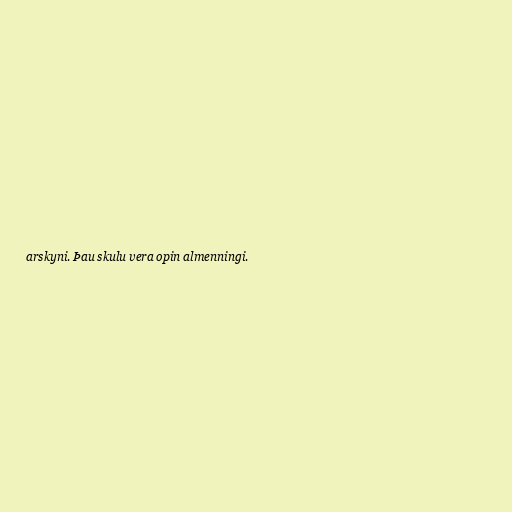
arskyni. Þau skulu vera opin almenningi.